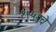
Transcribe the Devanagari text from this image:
१९५९चे